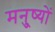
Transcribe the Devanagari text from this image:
मनु्ष्यों